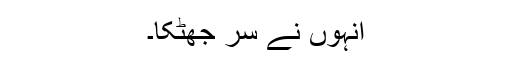
انہوں نے سر جھٹکا۔